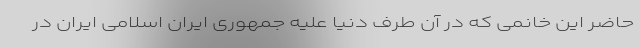
حاضر این خانمی که در آن طرف دنیا علیه جمهوری ایران اسلامی ایران در